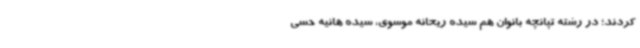
کردند؛ در رشته تپانچه بانوان هم سیده ریحانه موسوی، سیده هانیه حسی